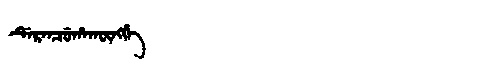
Manchu: ᡩᡝᡵᡝᠨᠴᡠᡥᠠᡴᡡᠩᡤᡝ
Romanization: DERENCUHAKŪNGGE